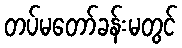
တပ်မတော်ခန်းမတွင်